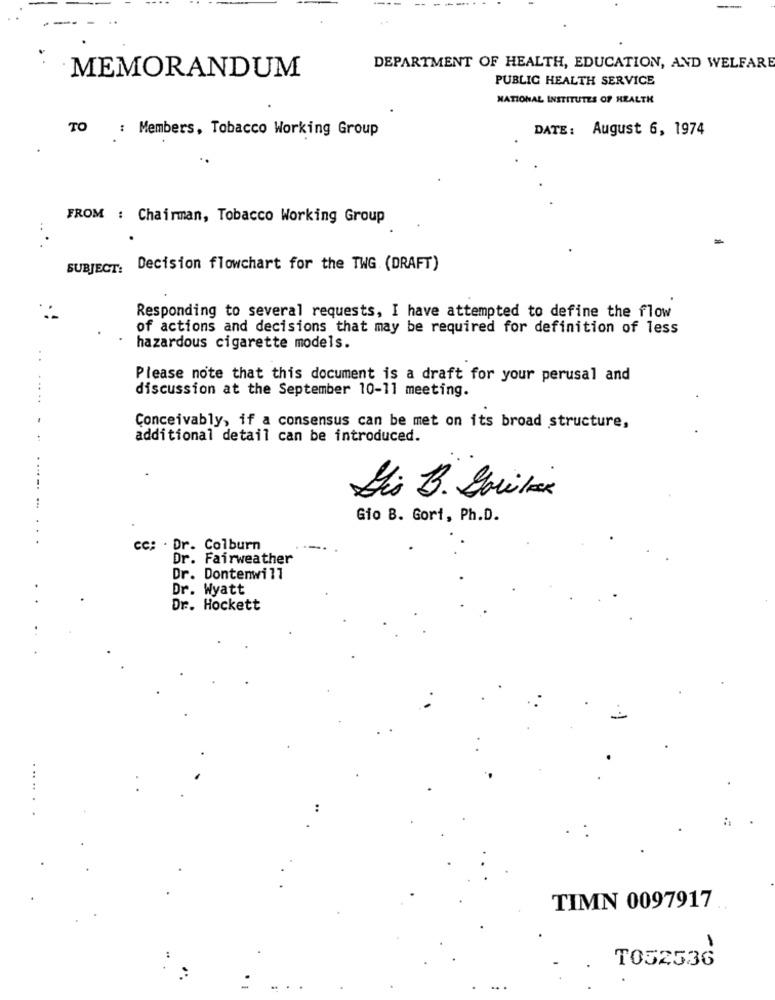
DEPARTMENT OF HEALTH, EDUCATION, AND WELFARE
MEMORANDUM
PUBLIC HEALTH SERVICE
NATIONAL INSTITUTES OF HEALTH
TO : Members, Tobacco Working Group
DATE: August 6, 1974
FROM : Chairman, Tobacco Working Group
SUBJECT: Decision flowchart for the TWG. (DRAFT)
Responding to several requests, I have attempted to define the flow
of actions and decisions that may be required for definition of less
hazardous cigarette models.
..
Please note that this document is a draft for your perusal and
discussion at the September 10-11 meeting.
Conceivably, if a consensus can be met on its broad structure,
additional detail can be introduced.
...
Lis B. Grilox
Gio B. Gort, Ph.D.
cc: . Dr. Colburn
Dr. Fairweather
Dr. Dontenwill
Dr. Wyatt
Dr. Hockett
TIMN 0097917
T052536